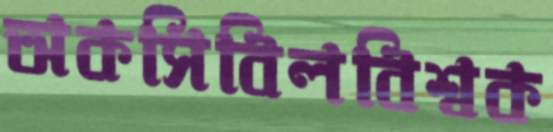
অকসিবিলবিশ্বক